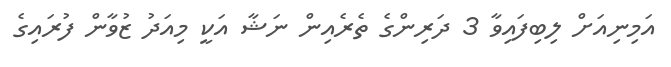
އަމިނިއަށް ލިބިފައިވާ 3 ދަރިންގެ ތެރެއިން ނަޝާ އަކީ މިއަދު ޒުވާން ފުރައިގެ